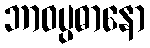
ဘာဝပ္ပဓာနော